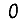
Digit: 0